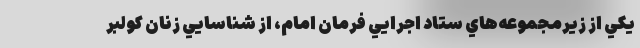
يكي از زيرمجموعه‌هاي ستاد اجرايي فرمان امام، از شناسايي زنان كولبر